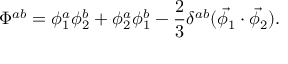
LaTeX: \Phi ^ { a b } = \phi _ { 1 } ^ { a } \phi _ { 2 } ^ { b } + \phi _ { 2 } ^ { a } \phi _ { 1 } ^ { b } - \frac { 2 } { 3 } \delta ^ { a b } ( \vec { \phi _ { 1 } } \cdot \vec { \phi _ { 2 } } ) .